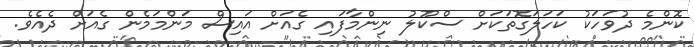
ކޮންމެ ދުވަހަކު ކަހަލަގޮތަކަށް ސްކޫލު ނިންމާފައި ގެއަށް އައިސް މަންމަމެން ގެއަށް ދެއެވެ.